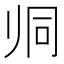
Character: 𱍯